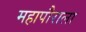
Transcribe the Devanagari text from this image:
महापौराला